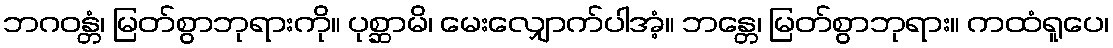
ဘဂဝန္တံ၊ မြတ်စွာဘုရားကို။ ပုစ္ဆာမိ၊ မေးလျှောက်ပါအံ့။ ဘန္တေ၊ မြတ်စွာဘုရား။ ကထံရူပေ၊